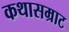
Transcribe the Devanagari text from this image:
कथासम्राट